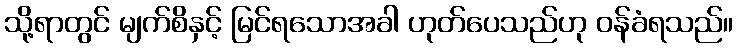
သို့ရာတွင် မျက်စိနှင့် မြင်ရသောအခါ ဟုတ်ပေသည်ဟု ဝန်ခံရသည်။